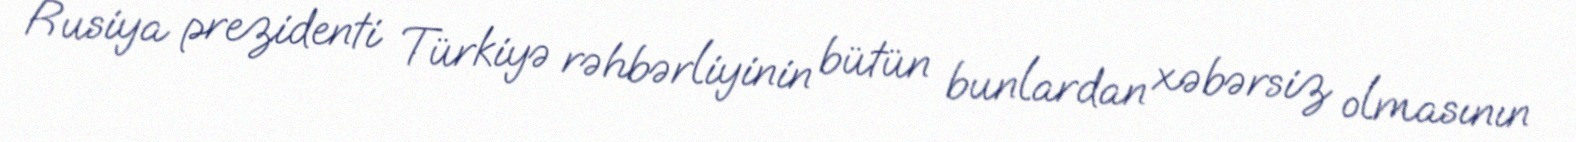
Rusiya prezidenti Türkiyə rəhbərliyinin bütün bunlardan xəbərsiz olmasının